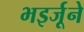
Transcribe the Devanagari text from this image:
भइर्जूने